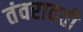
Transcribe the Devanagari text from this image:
तंवरावती